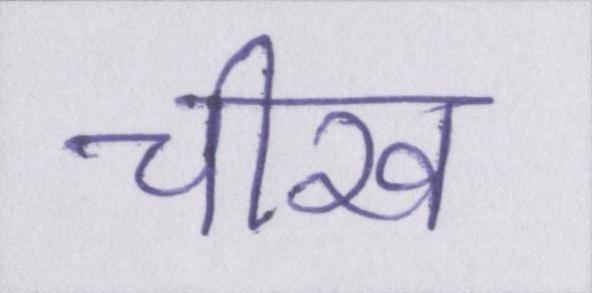
चीख